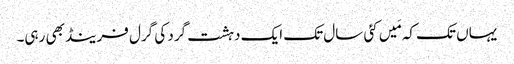
‏ یہاں تک کہ مَیں کئی سال تک ایک دہشت‌گرد کی گرل فرینڈ بھی رہی۔